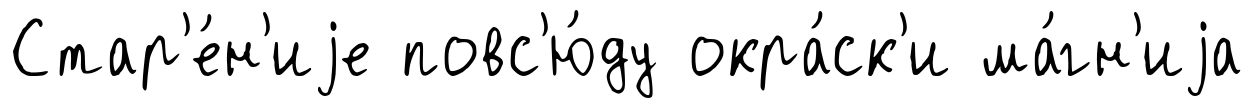
Стар'е́н'иjе повс'ю́ду окра́ск'и ма́гн'иjа